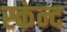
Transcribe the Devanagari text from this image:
स्कंन्द